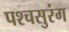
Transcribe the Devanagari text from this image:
पश्चसुरंग